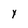
Character: Y